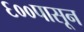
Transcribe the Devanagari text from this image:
६००पासून